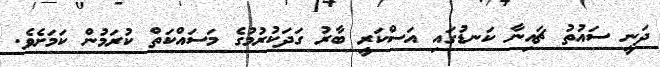
ދަނީ ސައުތު ޗައިނާ ކަނޑުގައި އަސްކަރީ ބާރު ގަދަކުރުމުގެ މަސައްކަތް ކުރަމުން ކަމަށެވެ.